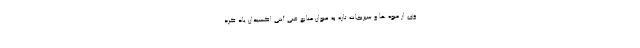
وی از میوه ها و سبزیجات تازه به عنوان منابع غنی آنتی اکسیدان یاد کرد